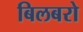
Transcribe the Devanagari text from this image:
बिलबरो